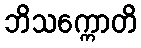
ဘိသက္ကောတိ